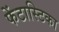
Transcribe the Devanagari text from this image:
फेंटास्टिका